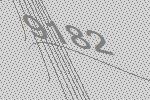
9182